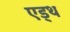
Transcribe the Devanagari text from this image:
एड्थ